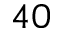
_ { 4 0 }